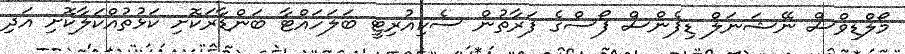
މޯލްޑިވްސް ނޭޝަނަލް ޑިފެންސް ފޯސްގެ ފަރާތުން ސެކިއުރިޓީ ބަލަހައްޓާ ބަންޑާރަކޮށި ކަޅުތުއްކަލާކޮށި އަދި